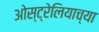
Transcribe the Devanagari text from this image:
ओस्ट्रेलियाच्या